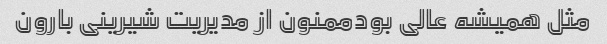
مثل همیشه عالی بودممنون از مدیریت شیرینی بارون